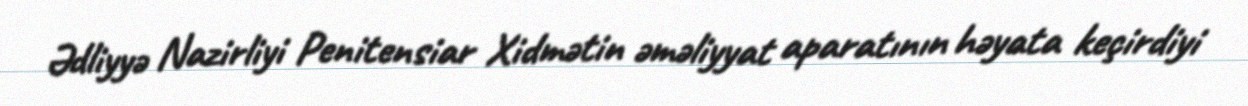
Ədliyyə Nazirliyi Penitensiar Xidmətin əməliyyat aparatının həyata keçirdiyi